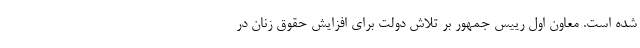
شده است. معاون اول رییس جمهور بر تلاش دولت برای افزایش حقوق زنان در